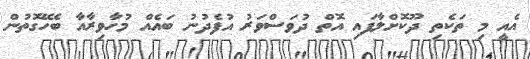
އެއީ މި ތަކެތި ދޫކޮށްލާފައި އޮތް ދުވަސްވަރު އުފެދުނު ބައެއް މުހާވިރާއާ ބެހޭގޮތުން